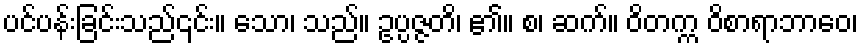
ပင်ပန်းခြင်းသည်၎င်း။ သော၊ သည်။ ဥပ္ပဇ္ဇတိ၊ ၏။ စ၊ ဆက်။ ဝိတက္က ဝိစာရာဘာဝေ၊